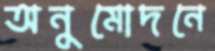
অনুমোদনে